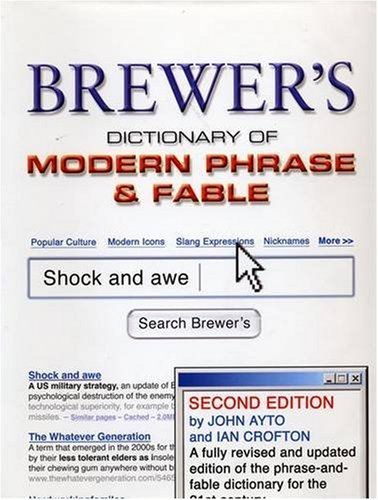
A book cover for Brewer's Dictionary of Modern Phrase & Fable: 2nd Edition; John Ayto; Reference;